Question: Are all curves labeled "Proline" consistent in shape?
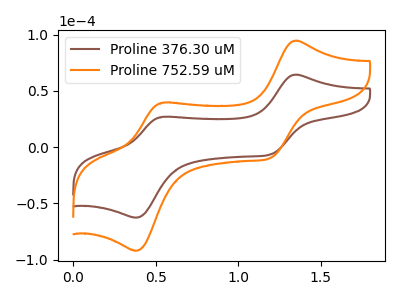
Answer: <think>The brown curve "Proline 376.30 uM" has anodic peaks at (1.35V, 64.35uA) (0.55V, 26.90uA) and cathodic peaks at (1.20V, -6.55uA) (0.40V, -62.65uA). The orange curve "Proline 752.59 uM" has anodic peaks at (1.35V, 94.50uA) (0.55V, 39.50uA) and cathodic peaks at (1.20V, -9.60uA) (0.40V, -92.05uA).
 All the peaks in "Proline 376.30 uM" have a peak in "Proline 752.59 uM" at the same potential. Every peak in "Proline 376.30 uM" is lower than every peak in "Proline 752.59 uM".</think>
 <answer>All the CV's of "Proline" have similar shape.</answer>
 <eval>follow_rule</eval>